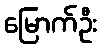
မြောက်ဦး